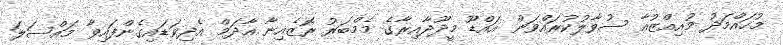
މުހައްމަދު މުއިއްޒުއާ ސުވާލުކުރައްވަން އައްޑޫ މީދޫދާއިރާގެ މެމްބަރު ރޮޒެއިނާ އާދަމް އެދިވަޑައިގެންފައިވާ މައްސަލަ